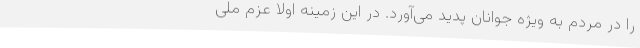
را در مردم به ویژه جوانان پدید می‌آورد. در این زمینه اولاً عزم ملی